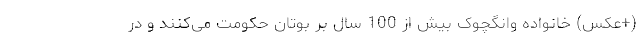
(+عکس) خانواده وانگچوک بیش از 100 سال بر بوتان حکومت می‌کنند و در